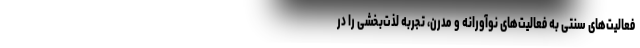
فعالیت‌های سنتی به فعالیت‌های نوآورانه و مدرن، تجربه لذت‌بخشی را در